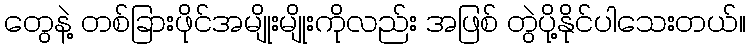
တွေနဲ့ တစ်ခြားဖိုင်အမျိုးမျိုးကိုလည်း အဖြစ် တွဲပို့နိုင်ပါသေးတယ်။